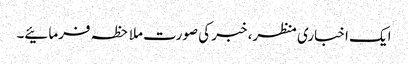
ایک اخباری منظر، خبر کی صورت ملاحظہ فرمائیے۔